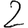
Digit: 2